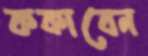
ককাবেন